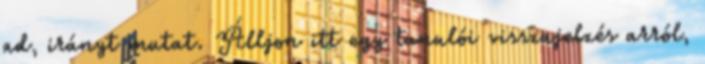
ad, irányt mutat. Álljon itt egy tanulói visszajelzés arról,